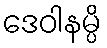
ဒေဝါနမ္ပိ